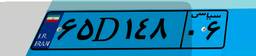
۳۴D۱۰۳۷۵